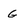
Character: G